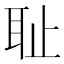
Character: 耻